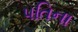
પતિના